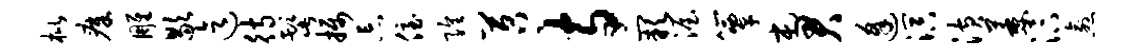
枇瘴雕歇迄待髭摄忘侄隍苕寺缺渥簟屯君逢溟潢萎汴愈